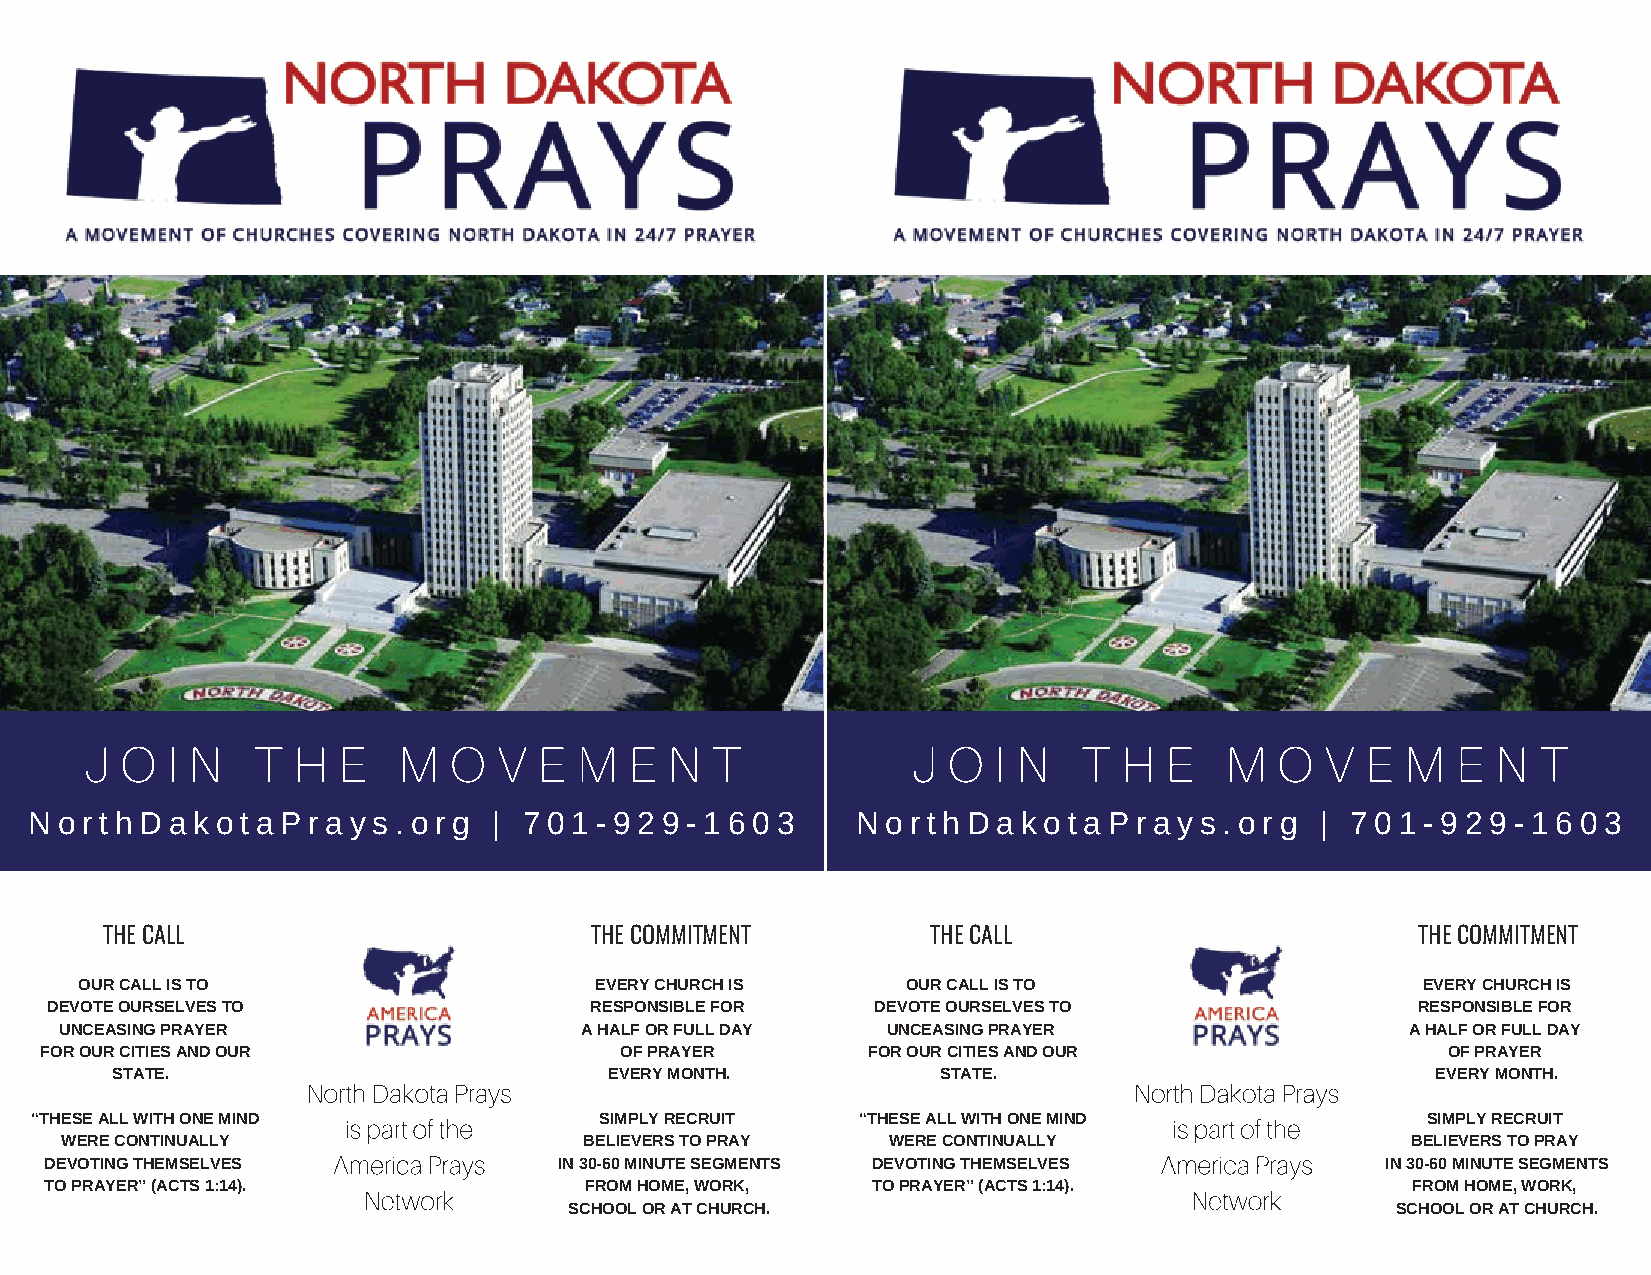
N o r t h D a k o t a P r a y s . o r g | 7 0 1 - 9 2 9 - 1 6 0 3 N o r t h D a k o t a P r a y s . o r g | 7 0 1 - 9 2 9 - 1 6 0 3
 THE CALL                        THE COMMITMENT         THE CALL                        THE COMMITMENT
 OUR CALL IS TO                    EVERY CHURCH IS      OUR CALL IS TO                    EVERY CHURCH IS
 DEVOTE OURSELVES TO                 RESPONSIBLE FOR    DEVOTE OURSELVES TO                 RESPONSIBLE FOR
 UNCEASING PRAYER                  A HALF OR FULL DAY   UNCEASING PRAYER                  A HALF OR FULL DAY
 FOR OUR CITIES AND OUR                OF PRAYER       FOR OUR CITIES AND OUR                 OF PRAYER
 STATE.                           EVERY MONTH.          STATE.                           EVERY MONTH.
 “THESE ALL WITH ONE MIND              SIMPLY RECRUIT   “THESE ALL WITH ONE MIND             SIMPLY RECRUIT
 WERE CONTINUALLY                   BELIEVERS TO PRAY   WERE CONTINUALLY                  BELIEVERS TO PRAY
 DEVOTING THEMSELVES               IN 30-60 MINUTE SEGMENTS DEVOTING THEMSELVES           IN 30-60 MINUTE SEGMENTS
 TO PRAYER” (ACTS 1:14).             FROM HOME, WORK,   TO PRAYER” (ACTS 1:14).            FROM HOME, WORK,
 SCHOOL OR AT CHURCH.                                  SCHOOL OR AT CHURCH.